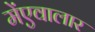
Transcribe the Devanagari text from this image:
मेंएवालार